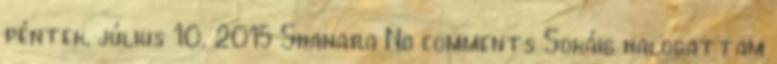
péntek, július 10, 2015 Shanara No comments Sokáig halogattam